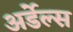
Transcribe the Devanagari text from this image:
अर्डेल्स